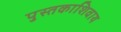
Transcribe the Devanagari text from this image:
पुस्तकाशिवाय